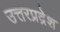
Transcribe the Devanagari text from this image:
उत्तरप्रद्रेश